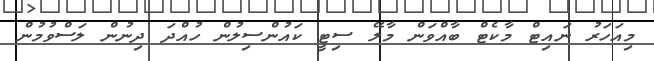
މިއަހަރު ނައިޓް މާކެޓް ބާއްވަން މާލޭ ސިޓީ ކައުންސިލުން ހުއްދަ ދިނުން ލަސްވުމުން